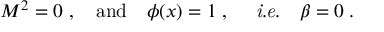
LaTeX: M ^ { 2 } = 0 \; , \quad \mathrm { a n d } \quad \phi ( x ) = 1 \; , \quad \mathrm { { \it ~ i . e . } } \quad \beta = 0 \; .